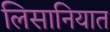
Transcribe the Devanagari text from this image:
लिसानियात